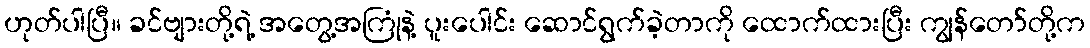
ဟုတ်ပါပြီ။ ခင်ဗျားတို့ရဲ့ အတွေ့အကြုံနဲ့ ပူးပေါင်း ဆောင်ရွက်ခဲ့တာကို ထောက်ထားပြီး ကျွန်တော်တို့က